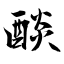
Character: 醈